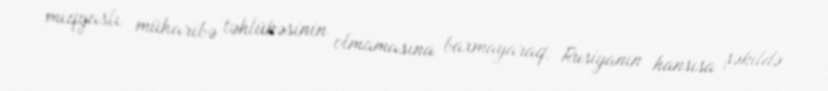
miqyaslı müharibə təhlükəsinin olmamasına baxmayaraq, Rusiyanın hansısa şəkildə